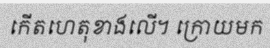
កើតហេតុខាងលើ។ ក្រោយមក